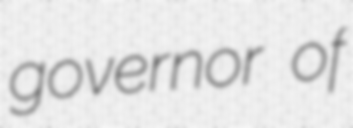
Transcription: governor of